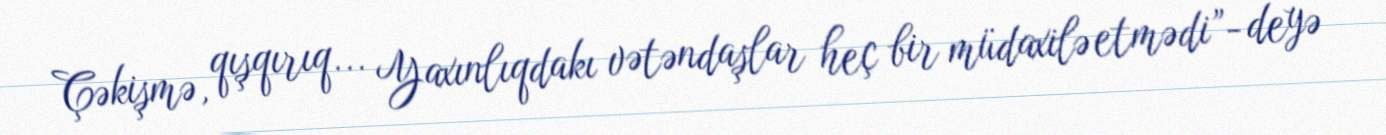
Çəkişmə, qışqırıq... Yaxınlıqdakı vətəndaşlar heç bir müdaxilə etmədi”- deyə